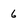
Character: 6